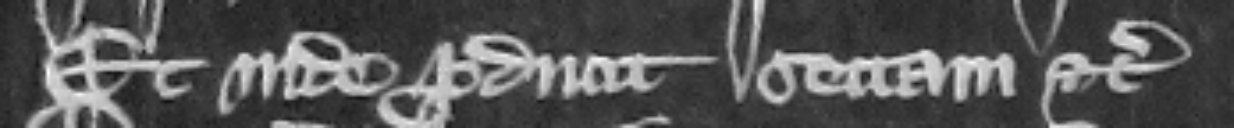
Et inde producit sectam etc.